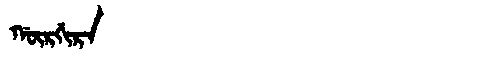
Manchu: ᡤᡡᡵᡤᡳᡵᠠ
Romanization: GŪRGIRA